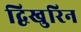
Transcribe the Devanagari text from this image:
द्विखुरिन